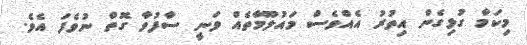
މިކަމާ ގުޅިގެން އިތުރު އެއްވެސް މައުލޫމާތެއް ވަނީ ސާފުވާ ގޮތް ނުވެފަ އެވެ.